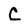
Character: C